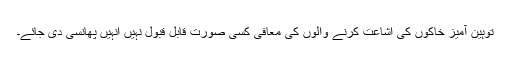
توہین آمیز خاکوں کی اشاعت کرنے والوں کی معافی کسی صورت قابل قبول نہیں انہیں پھانسی دی جائے۔